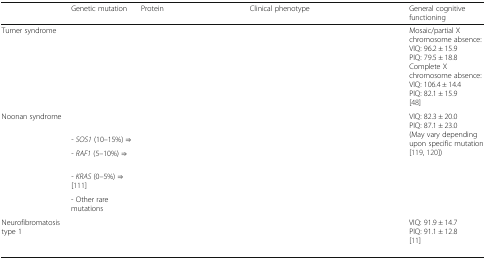
<table><thead><tr><td>[EMPTY_CELL]</td><td><b>Genetic mutation</b></td><td><b>Protein</b></td><td><b>Clinical phenotype</b></td><td><b>General cognitive functioning</b></td></tr></thead><tbody><tr><td>Turner syndrome</td><td>[EMPTY_CELL]</td><td>[EMPTY_CELL]</td><td>[EMPTY_CELL]</td><td>Mosaic/partial X chromosome absence:VIQ: 96.2 ± 15.9PIQ: 79.5 ± 18.8Complete X chromosome absence:VIQ: 106.4 ± 14.4PIQ: 82.1 ± 15.9[48]</td></tr><tr><td rowspan="5">Noonan syndrome</td><td>[EMPTY_CELL]</td><td>[EMPTY_CELL]</td><td rowspan="5">[EMPTY_CELL]</td><td rowspan="5">VIQ: 82.3 ± 20.0PIQ: 87.1 ± 23.0(May vary depending upon specific mutation [119, 120])</td></tr><tr><td>- <i>SOS1</i> (10–15%) ⇒</td><td>[EMPTY_CELL]</td></tr><tr><td>- <i>RAF1</i> (5–10%) ⇒</td><td>[EMPTY_CELL]</td></tr><tr><td>- <i>KRAS</i> (0–5%) ⇒[111]</td><td rowspan="2">[EMPTY_CELL]</td></tr><tr><td>- Other rare mutations</td></tr><tr><td>Neurofibromatosis type 1</td><td>[EMPTY_CELL]</td><td>[EMPTY_CELL]</td><td>[EMPTY_CELL]</td><td>VIQ: 91.9 ± 14.7PIQ: 91.1 ± 12.8[11]</td></tr></tbody></table>